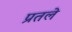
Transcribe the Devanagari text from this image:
प्रतले